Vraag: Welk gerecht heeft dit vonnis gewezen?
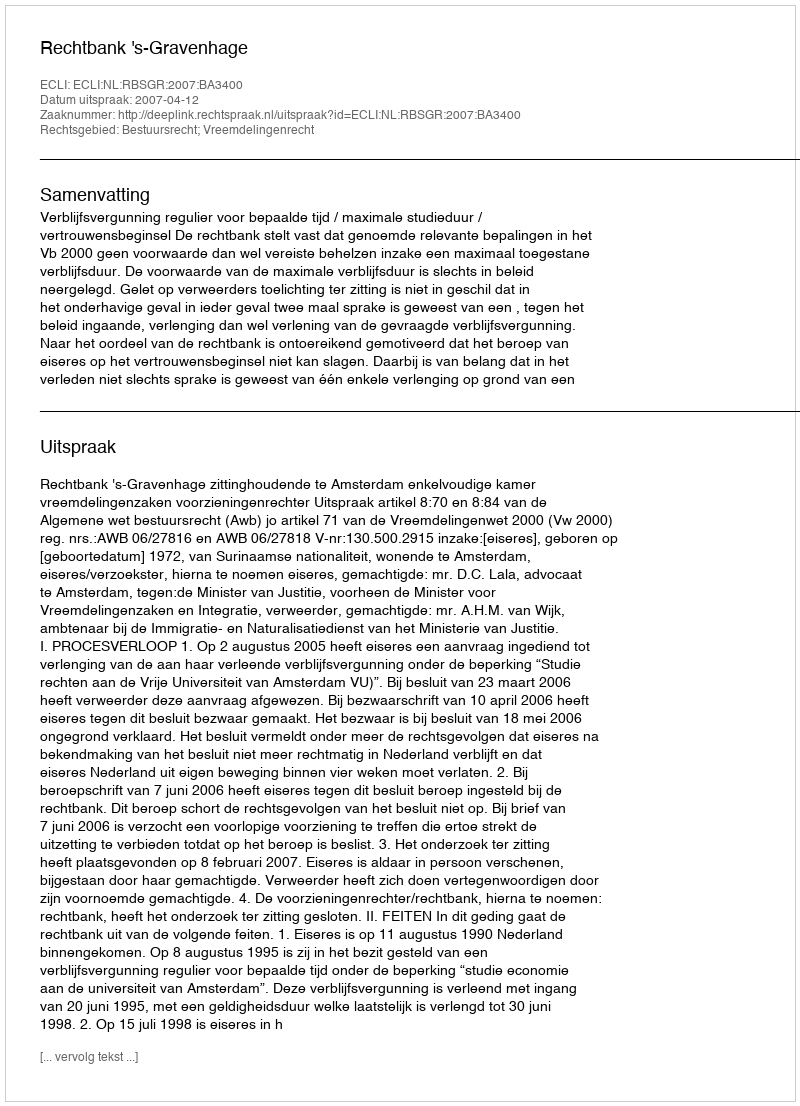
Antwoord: Rechtbank 's-Gravenhage